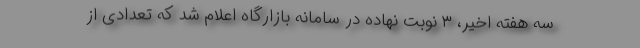
سه هفته اخیر، ۳ نوبت نهاده در سامانه بازارگاه اعلام شد که تعدادی از